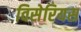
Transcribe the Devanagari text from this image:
विसेरियस